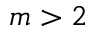
m > 2